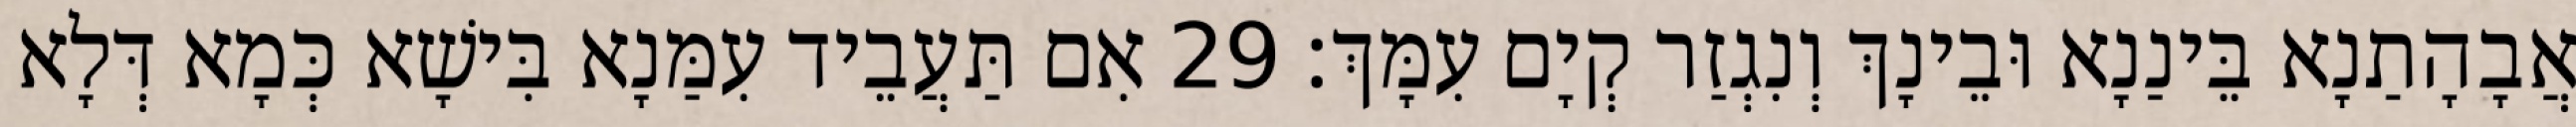
אֲבָהָתַנָא בֵּינַנָא וּבֵינָךְ וְנִגְזַר קְיָם עִמָּךְ׃ 29 אִם תַּעֲבֵיד עִמַּנָא בִּישָׁא כְּמָא דְּלָא